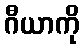
ဂီယာကို